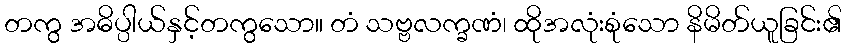
တကွ အဓိပ္ပါယ်နှင့်တကွသော။ တံ သဗ္ဗလက္ခဏံ၊ ထိုအလုံးစုံသော နိမိတ်ယူခြင်း၏